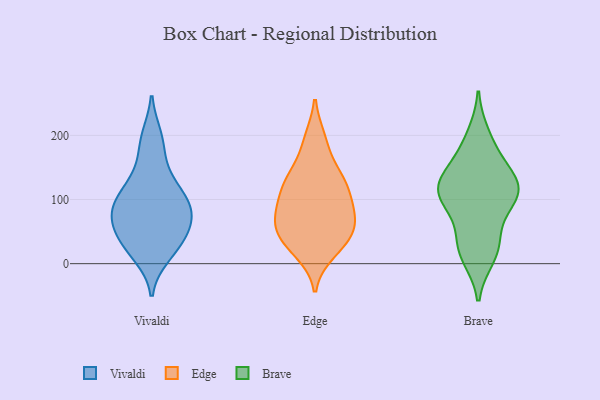
{"axis": {"x": "Market Share (%)", "y": "Value"}, "legend": ["Brave", "Edge", "Vivaldi"], "data": [{"x": "", "y": 72, "type": "Vivaldi"}, {"x": "", "y": 44, "type": "Vivaldi"}, {"x": "", "y": 22, "type": "Vivaldi"}, {"x": "", "y": 121, "type": "Vivaldi"}, {"x": "", "y": 66, "type": "Vivaldi"}, {"x": "", "y": 32, "type": "Vivaldi"}, {"x": "", "y": 47, "type": "Vivaldi"}, {"x": "", "y": 81, "type": "Vivaldi"}, {"x": "", "y": 85, "type": "Vivaldi"}, {"x": "", "y": 197, "type": "Vivaldi"}, {"x": "", "y": 90, "type": "Vivaldi"}, {"x": "", "y": 187, "type": "Vivaldi"}, {"x": "", "y": 14, "type": "Vivaldi"}, {"x": "", "y": 144, "type": "Vivaldi"}, {"x": "", "y": 97, "type": "Vivaldi"}, {"x": "", "y": 112, "type": "Vivaldi"}, {"x": "", "y": 18, "type": "Edge"}, {"x": "", "y": 140, "type": "Edge"}, {"x": "", "y": 43, "type": "Edge"}, {"x": "", "y": 194, "type": "Edge"}, {"x": "", "y": 87, "type": "Edge"}, {"x": "", "y": 54, "type": "Edge"}, {"x": "", "y": 112, "type": "Edge"}, {"x": "", "y": 24, "type": "Edge"}, {"x": "", "y": 31, "type": "Edge"}, {"x": "", "y": 64, "type": "Edge"}, {"x": "", "y": 103, "type": "Edge"}, {"x": "", "y": 127, "type": "Edge"}, {"x": "", "y": 54, "type": "Edge"}, {"x": "", "y": 92, "type": "Edge"}, {"x": "", "y": 190, "type": "Edge"}, {"x": "", "y": 131, "type": "Edge"}, {"x": "", "y": 61, "type": "Edge"}, {"x": "", "y": 75, "type": "Edge"}, {"x": "", "y": 138, "type": "Edge"}, {"x": "", "y": 181, "type": "Brave"}, {"x": "", "y": 26, "type": "Brave"}, {"x": "", "y": 106, "type": "Brave"}, {"x": "", "y": 40, "type": "Brave"}, {"x": "", "y": 118, "type": "Brave"}, {"x": "", "y": 12, "type": "Brave"}, {"x": "", "y": 119, "type": "Brave"}, {"x": "", "y": 199, "type": "Brave"}, {"x": "", "y": 93, "type": "Brave"}, {"x": "", "y": 141, "type": "Brave"}, {"x": "", "y": 101, "type": "Brave"}, {"x": "", "y": 23, "type": "Brave"}, {"x": "", "y": 107, "type": "Brave"}, {"x": "", "y": 148, "type": "Brave"}, {"x": "", "y": 121, "type": "Brave"}]}